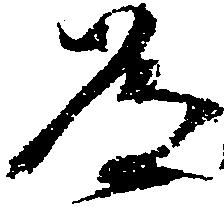
道